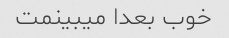
خوب بعدا میبینمت